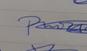
Signature authenticity: genuine